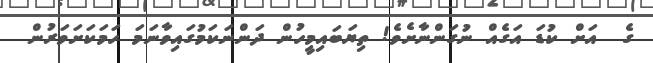
ގެ  އަށް ކުޑަ އަގެއް ނުގަންނާށެވެ! ތިޔަބައިމީހުން ދަންނަކަމުގައިވާނަމަ ހަމަކަށަވަރުން